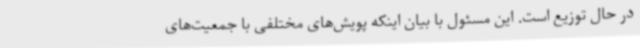
در حال توزیع است. این مسئول با بیان اینکه پویش‌های مختلفی با جمعیت‌های